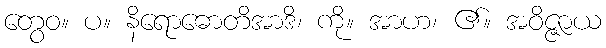
တွေဝ။ ပ။ နိရောဓောတိအာဒိ၊ ကို။ အာဟ၊ ၏။ အဝိဇ္ဇာယ